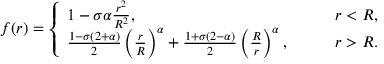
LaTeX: f ( r ) = \left\{ \begin{array} { l l } { { 1 - \sigma \alpha \frac { r ^ { 2 } } { R ^ { 2 } } , } } & { { \qquad r < R , } } \\ { { \frac { 1 - \sigma ( 2 + \alpha ) } { 2 } \left( \frac { r } { R } \right) ^ { \alpha } + \frac { 1 + \sigma ( 2 - \alpha ) } { 2 } \left( \frac { R } { r } \right) ^ { \alpha } , } } & { { \qquad r > R . } } \end{array} \right.